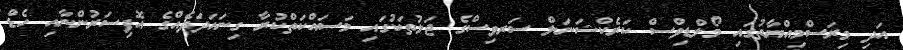
އަދި މިރަސްމިއްޔާތުގައި މޯލްޑިވްސް ކަރެކްޝަނަލް ސަރވިސްގެ ޖަލުތަކުގައި މަސައްކަތްކުރާ ގިނައަދަދެއްގެ އޮފިސަރުންނާއި ހެޑް